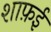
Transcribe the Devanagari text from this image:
शाफ़ई